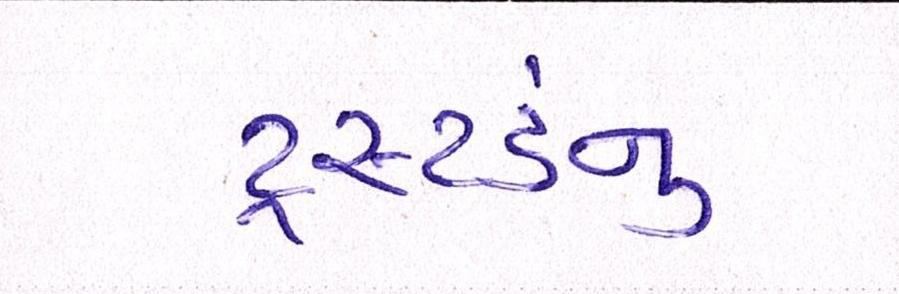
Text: ટ્રસ્ટડનું